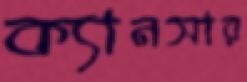
ক্যানসার